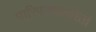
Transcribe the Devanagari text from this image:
पारिपत्याकरितां